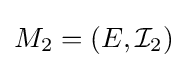
M_{2}=(E,{\mathcal {I}}_{2})